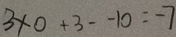
3 \times 0 + 3 - - 1 0 = - 7